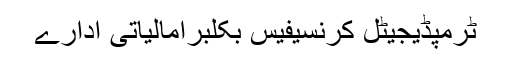
ٹرمپڈیجیٹل کرنسیفیس بکلبرامالیاتی ادارے